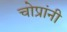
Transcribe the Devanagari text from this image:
चोप्रांनी